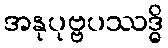
အနုပုဗ္ဗပဿဒ္ဓိ